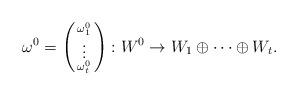
LaTeX: \begin{align*}\omega^0=\begin{psmallmatrix}\omega^0_1\\ \vdots \\ \omega^0_t\end{psmallmatrix}:W^0\rightarrow W_1\oplus\cdots\oplus W_t.\end{align*}